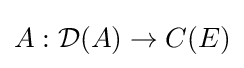
A:{\mathcal {D}}(A)\to C(E)